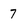
Character: 7